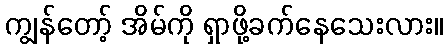
ကျွန်တော့် အိမ်ကို ရှာဖို့ခက်နေသေးလား။